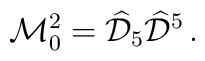
\mathcal{M}_0^2=\widehat{\mathcal{D}}_5\widehat{\mathcal{D}}^5\, .